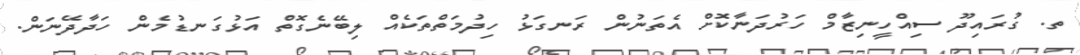
ތ. ގުރައިދޫ ސިއްހީނިޒާމް ހަރުދަނާކޮށް އެތަނުން ރަނގަޅު ހިދުމަތްތަކެއް ލިބޭނެގޮތް އަޅުގަނޑުމެން ހަދާދޭނަން.